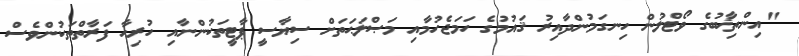
"އިންތިޚާބުގެ ވޯޓްލުން ހިނގަމުންދާއިރު ޤައުމުގެ ހަމަޖެހުމާއި މަޞްލަޙަތަށް ސިޔާސީ ޕާޓީތަކުންނާއި ހުރިހާ ފަރާތްތަކުންވެސް